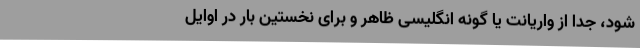
شود، جدا از واریانت یا گونه انگلیسی ظاهر و برای نخستین بار در اوایل